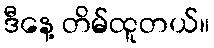
ဒီနေ့ တိမ်ထူတယ်။